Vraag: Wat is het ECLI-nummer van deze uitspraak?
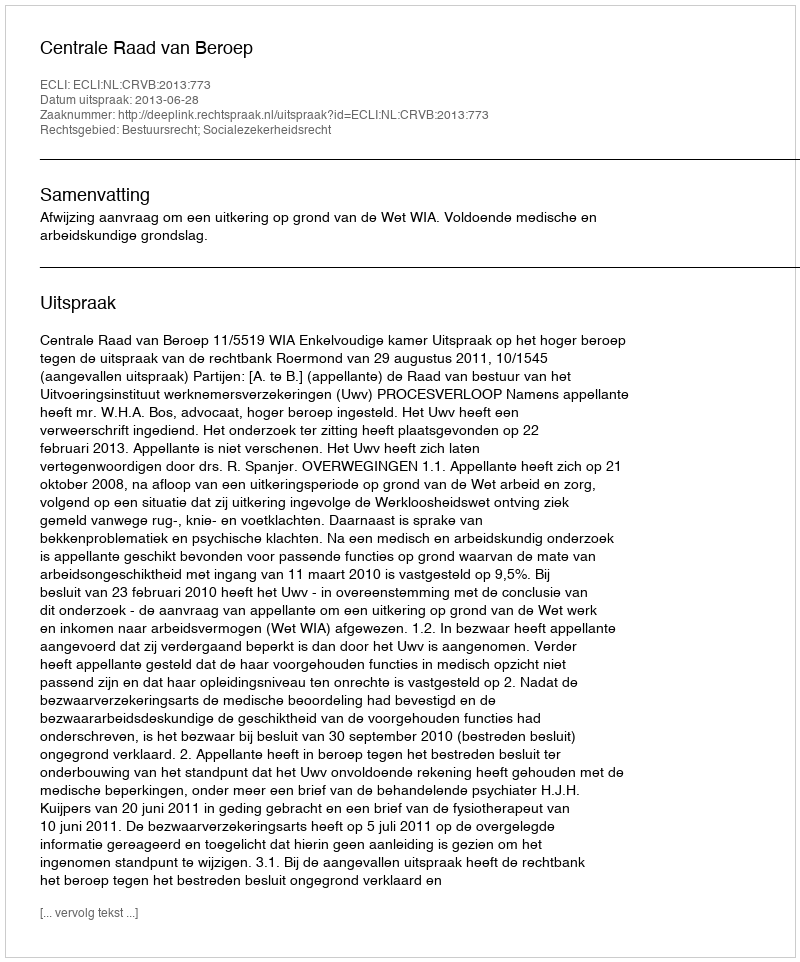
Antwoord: ECLI:NL:CRVB:2013:773